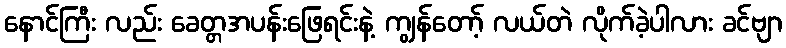
နောင်ကြီး လည်း ခေတ္တအပန်းဖြေရင်းနဲ့ ကျွန်တော့် လယ်တဲ လိုက်ခဲ့ပါလား ခင်ဗျာ